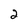
Character: 2